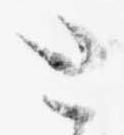
と